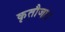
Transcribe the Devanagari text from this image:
कृतौजा।